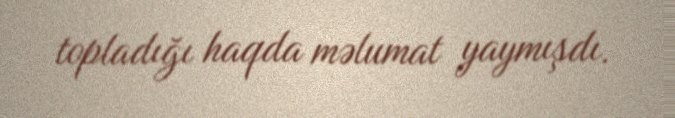
topladığı haqda məlumat yaymışdı.